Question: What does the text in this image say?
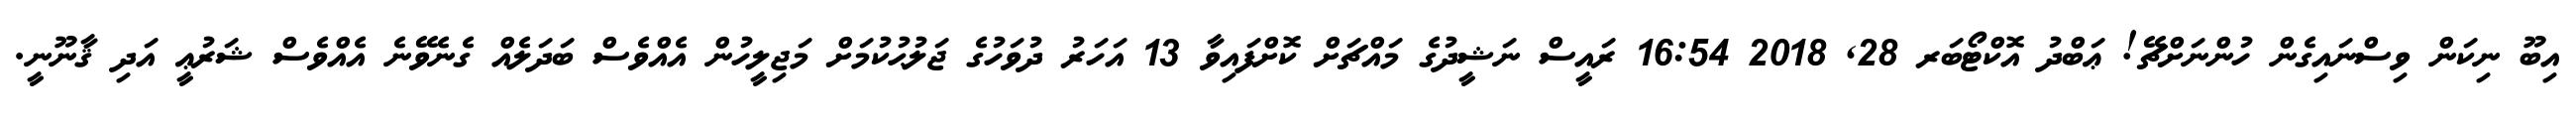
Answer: އިބޫ ނިކަން ވިސްނައިގެން ހުންނަށްޗޭ! ޢަބްދު އޮކްޓޯބަރ 28, 2018 16:54 ރައީސް ނަޝީދުގެ މައްޗަށް ކޮށްފައިވާ 13 އަހަރު ދުވަހުގެ ޖަލުޙުކުމަށް މަޖިލީހުން އެއްވެސް ބަދަލެއް ގެނެވޭނެ އެއްވެސް ޝަރުޢީ އަދި ޤާނޫނީ.